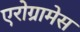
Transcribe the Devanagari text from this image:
एरोग्रामेस